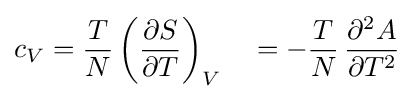
c_{V}={\frac {T}{N}}\left({\frac {\partial S}{\partial T}}\right)_{V}\quad =-{\frac {T}{N}}\,{\frac {\partial ^{2}A}{\partial T^{2}}}